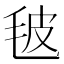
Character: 𣬼